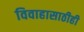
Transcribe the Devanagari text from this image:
विवाहासाठीही